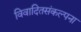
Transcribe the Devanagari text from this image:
विवादितसंकल्पना